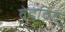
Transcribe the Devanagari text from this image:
वेदविद्